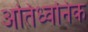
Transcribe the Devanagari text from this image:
अतिध्वनिक